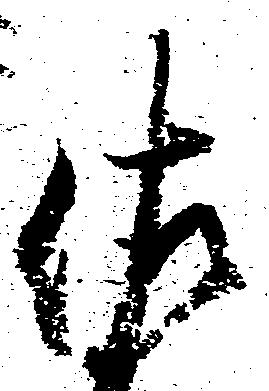
佐